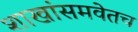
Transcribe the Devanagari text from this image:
शाखांसमवेतच